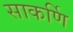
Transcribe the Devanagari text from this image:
साकर्णि